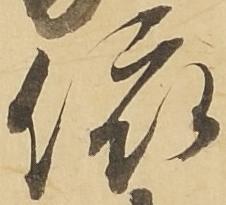
依